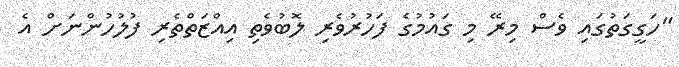
"ހަގީގަތުގައި ވެސް މިރޭ މި ގައުމުގެ ފަހުރުވެރި ލޮބުވެތި އިއްޒަތްތެރި ފުލުހުންނަށް އެ